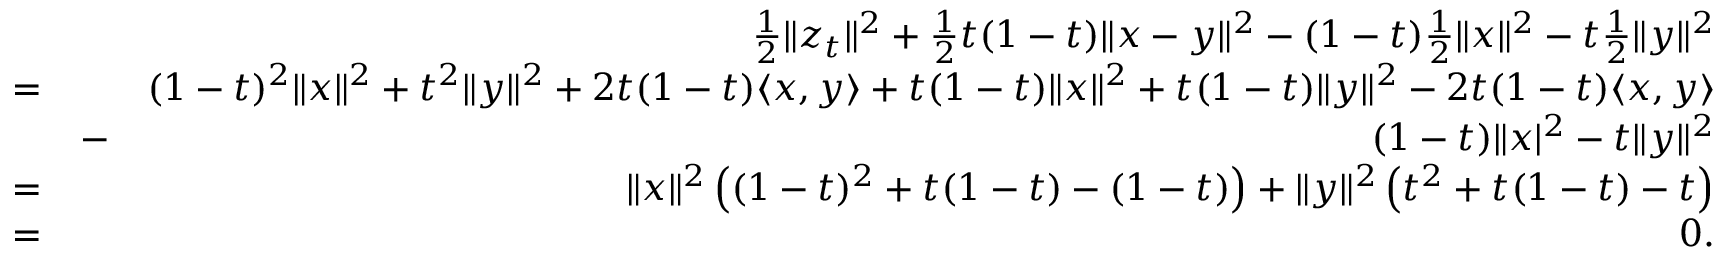
\begin{array} { r l r } & { } & { \frac { 1 } { 2 } \Vert z _ { t } \Vert ^ { 2 } + \frac { 1 } { 2 } t ( 1 - t ) \Vert x - y \Vert ^ { 2 } - ( 1 - t ) \frac { 1 } { 2 } \Vert x \Vert ^ { 2 } - t \frac { 1 } { 2 } \Vert y \Vert ^ { 2 } } \\ { = } & { } & { ( 1 - t ) ^ { 2 } \Vert x \Vert ^ { 2 } + t ^ { 2 } \Vert y \Vert ^ { 2 } + 2 t ( 1 - t ) \langle x , y \rangle + t ( 1 - t ) \Vert x \Vert ^ { 2 } + t ( 1 - t ) \Vert y \Vert ^ { 2 } - 2 t ( 1 - t ) \langle x , y \rangle } \\ & { - } & { ( 1 - t ) \Vert x \vert ^ { 2 } - t \Vert y \Vert ^ { 2 } } \\ { = } & { } & { \Vert x \Vert ^ { 2 } \left( ( 1 - t ) ^ { 2 } + t ( 1 - t ) - ( 1 - t ) \right) + \Vert y \Vert ^ { 2 } \left( t ^ { 2 } + t ( 1 - t ) - t \right) } \\ { = } & { } & { 0 . } \end{array}